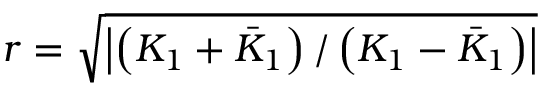
r = \sqrt { \left| \left( K _ { 1 } + \bar { K } _ { 1 } \right) / \left( K _ { 1 } - \bar { K } _ { 1 } \right) \right| }